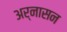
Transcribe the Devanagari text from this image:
अर्नासन